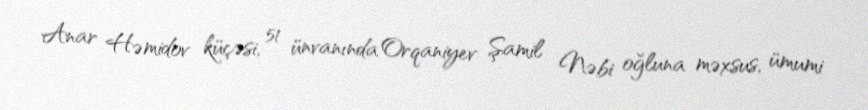
Anar Həmidov küçəsi, 51 ünvanında Orqaniyev Şamil Nəbi oğluna məxsus, ümumi